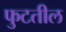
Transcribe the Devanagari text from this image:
फुटतील